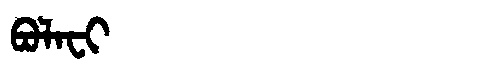
Manchu: ᠪᠣᠯᠠᠸᡳ
Romanization: BOLAFI